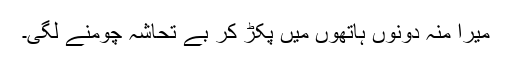
میرا منہ دونوں ہاتھوں میں پکڑ کر بے تحاشہ چومنے لگی۔